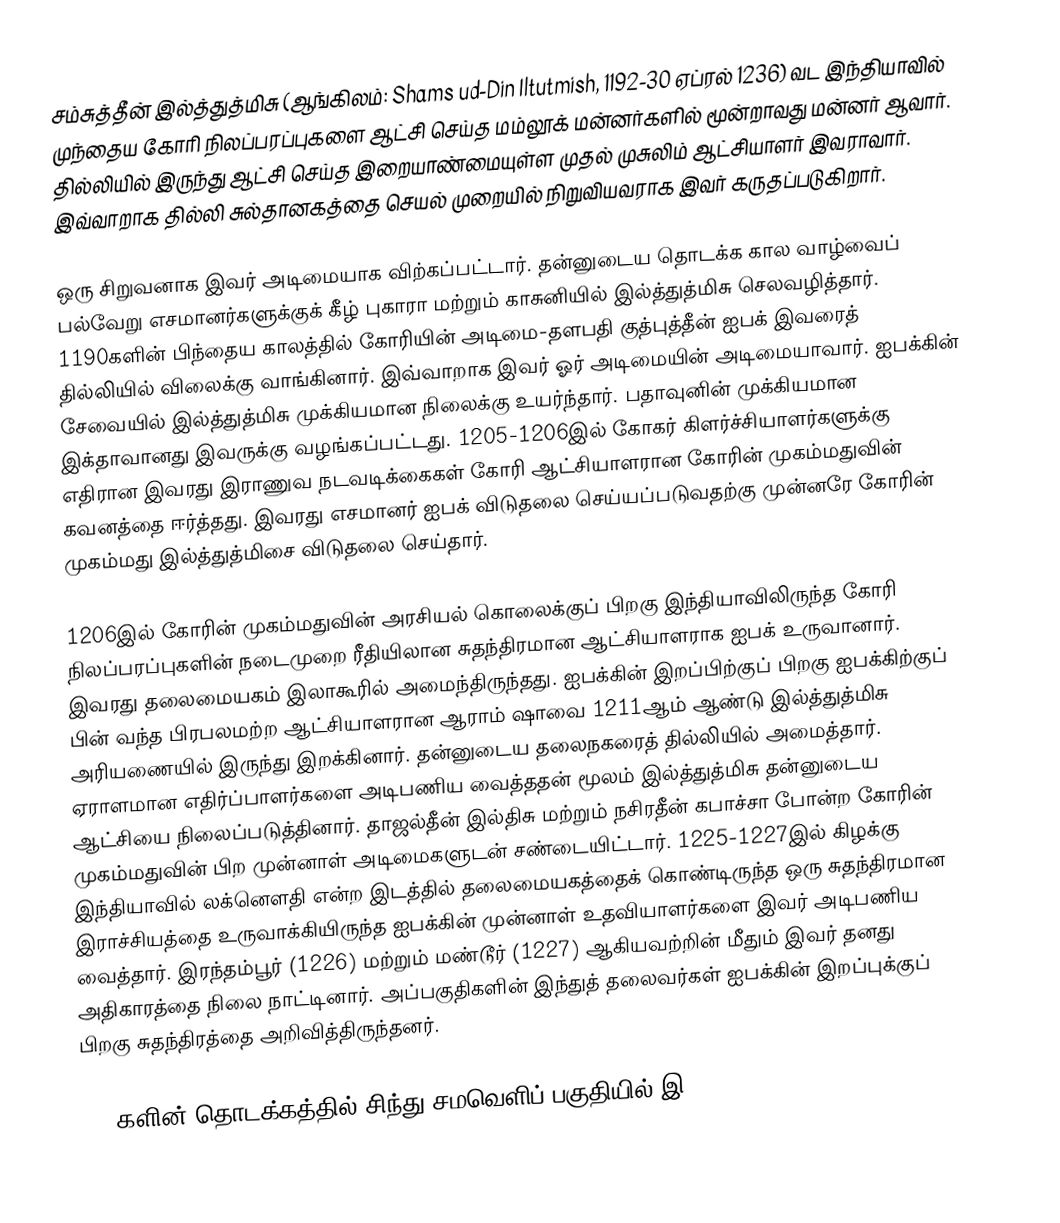
சம்சுத்தீன் இல்த்துத்மிசு (ஆங்கிலம்: Shams ud-Din Iltutmish, 1192-30 ஏப்ரல் 1236) வட இந்தியாவில் முந்தைய கோரி நிலப்பரப்புகளை ஆட்சி செய்த மம்லூக் மன்னர்களில் மூன்றாவது மன்னர் ஆவார். தில்லியில் இருந்து ஆட்சி செய்த இறையாண்மையுள்ள முதல் முசுலிம் ஆட்சியாளர் இவராவார். இவ்வாறாக தில்லி சுல்தானகத்தை செயல் முறையில் நிறுவியவராக இவர் கருதப்படுகிறார்.

ஒரு சிறுவனாக இவர் அடிமையாக விற்கப்பட்டார். தன்னுடைய தொடக்க கால வாழ்வைப் பல்வேறு எசமானர்களுக்குக் கீழ் புகாரா மற்றும் காசுனியில் இல்த்துத்மிசு செலவழித்தார். 1190களின் பிந்தைய காலத்தில் கோரியின் அடிமை-தளபதி குத்புத்தீன் ஐபக் இவரைத் தில்லியில் விலைக்கு வாங்கினார். இவ்வாறாக இவர் ஓர் அடிமையின் அடிமையாவார். ஐபக்கின் சேவையில் இல்த்துத்மிசு முக்கியமான நிலைக்கு உயர்ந்தார். பதாவுனின் முக்கியமான இக்தாவானது இவருக்கு வழங்கப்பட்டது. 1205-1206இல் கோகர் கிளர்ச்சியாளர்களுக்கு எதிரான இவரது இராணுவ நடவடிக்கைகள் கோரி ஆட்சியாளரான கோரின் முகம்மதுவின் கவனத்தை ஈர்த்தது. இவரது எசமானர் ஐபக் விடுதலை செய்யப்படுவதற்கு முன்னரே கோரின் முகம்மது இல்த்துத்மிசை விடுதலை செய்தார்.

1206இல் கோரின் முகம்மதுவின் அரசியல் கொலைக்குப் பிறகு இந்தியாவிலிருந்த கோரி நிலப்பரப்புகளின் நடைமுறை ரீதியிலான சுதந்திரமான ஆட்சியாளராக ஐபக் உருவானார். இவரது தலைமையகம் இலாகூரில் அமைந்திருந்தது. ஐபக்கின் இறப்பிற்குப் பிறகு ஐபக்கிற்குப் பின் வந்த பிரபலமற்ற ஆட்சியாளரான ஆராம் ஷாவை 1211ஆம் ஆண்டு இல்த்துத்மிசு அரியணையில் இருந்து இறக்கினார். தன்னுடைய தலைநகரைத் தில்லியில் அமைத்தார். ஏராளமான எதிர்ப்பாளர்களை அடிபணிய வைத்ததன் மூலம் இல்த்துத்மிசு தன்னுடைய ஆட்சியை நிலைப்படுத்தினார். தாஜல்தீன் இல்திசு மற்றும் நசிரதீன் கபாச்சா போன்ற கோரின் முகம்மதுவின் பிற முன்னாள் அடிமைகளுடன் சண்டையிட்டார். 1225-1227இல் கிழக்கு இந்தியாவில் லக்னௌதி என்ற இடத்தில் தலைமையகத்தைக் கொண்டிருந்த ஒரு சுதந்திரமான இராச்சியத்தை உருவாக்கியிருந்த ஐபக்கின் முன்னாள் உதவியாளர்களை இவர் அடிபணிய வைத்தார். இரந்தம்பூர் (1226) மற்றும் மண்டூர் (1227) ஆகியவற்றின் மீதும் இவர் தனது அதிகாரத்தை நிலை நாட்டினார். அப்பகுதிகளின் இந்துத் தலைவர்கள் ஐபக்கின் இறப்புக்குப் பிறகு சுதந்திரத்தை அறிவித்திருந்தனர்.

1220களின் தொடக்கத்தில் சிந்து சமவெளிப் பகுதியில் இ